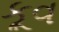
કૂવ